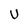
Character: U